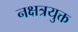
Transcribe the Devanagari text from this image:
नक्षत्रयुक्त